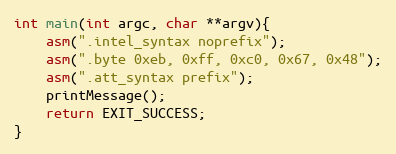
Language: C
int main(int argc, char **argv){
    asm(".intel_syntax noprefix");
    asm(".byte 0xeb, 0xff, 0xc0, 0x67, 0x48");
    asm(".att_syntax prefix");
    printMessage();
    return EXIT_SUCCESS;
}